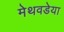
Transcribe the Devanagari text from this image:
मेथवडेया